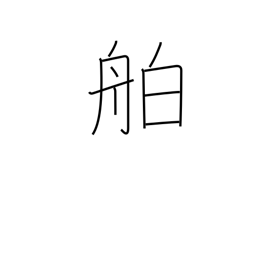
Meaning: liner